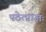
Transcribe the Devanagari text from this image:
पठेत्प्राज्ञः